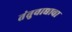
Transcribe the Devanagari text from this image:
तंतुवाद्याचा